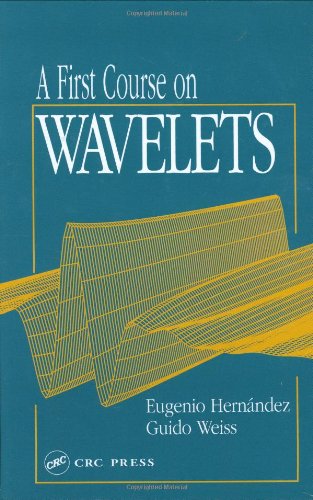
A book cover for A First Course on Wavelets (Studies in Advanced Mathematics); Eugenio Hernandez; Science & Math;